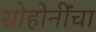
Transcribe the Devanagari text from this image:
सोहोनींंचा